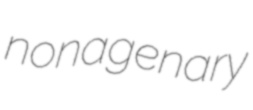
nonagenary